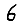
Digit: 6